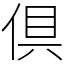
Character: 倶